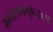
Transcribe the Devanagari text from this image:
भग्नेशकार्मुकः॥६॥